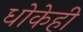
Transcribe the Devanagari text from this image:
धोकेही